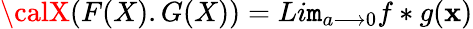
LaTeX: {\calX}(F(X).G(X))=Li\mathtt{m}_{a{\longrightarrow}0}f*g(\mathbf{x})